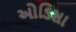
ઓડિસા